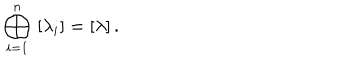
LaTeX: \bigoplus _ { i = 1 } ^ { n } \, \, [ \lambda _ { i } ] = [ \lambda ] \, .